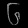
Digit: ၆